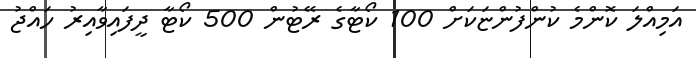
އަމިއްލަ ކޮންމެ ކުންފުންޏަކަށް 100 ކޯޓާގެ ރޭޓުން 500 ކޯޓާ ދީފައިވާއިރު ހައްޖު